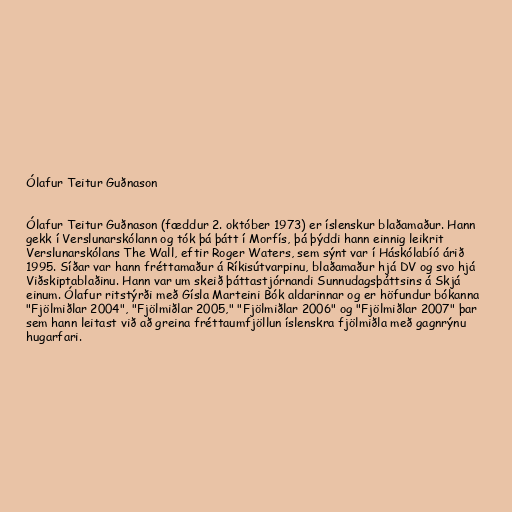
Ólafur Teitur Guðnason

Ólafur Teitur Guðnason (fæddur 2. október 1973) er íslenskur blaðamaður. Hann
gekk í Verslunarskólann og tók þá þátt í Morfís, þá þýddi hann einnig leikrit
Verslunarskólans The Wall, eftir Roger Waters, sem sýnt var í Háskólabíó árið
1995. Síðar var hann fréttamaður á Ríkisútvarpinu, blaðamaður hjá DV og svo hjá
Viðskiptablaðinu. Hann var um skeið þáttastjórnandi Sunnudagsþáttsins á Skjá
einum. Ólafur ritstýrði með Gísla Marteini Bók aldarinnar og er höfundur bókanna
"Fjölmiðlar 2004", "Fjölmiðlar 2005," "Fjölmiðlar 2006" og "Fjölmiðlar 2007" þar
sem hann leitast við að greina fréttaumfjöllun íslenskra fjölmiðla með gagnrýnu
hugarfari.